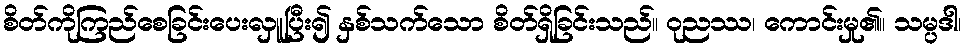
စိတ်ကိုကြည်စေခြင်းပေးလှူပြီး၍ နှစ်သက်သော စိတ်ရှိခြင်းသည်။ ဝုညဿ၊ ကောင်းမှု၏။ သမ္ပဒါ၊